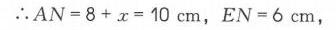
\(\therefore AN = 8 + x = 10\mathrm{cm}\)，\(EN = 6\mathrm{cm}\)，